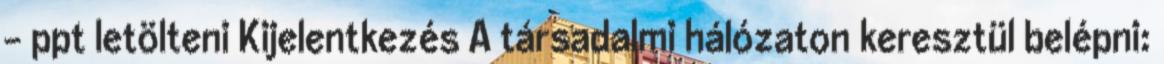
- ppt letölteni Kijelentkezés A társadalmi hálózaton keresztül belépni: